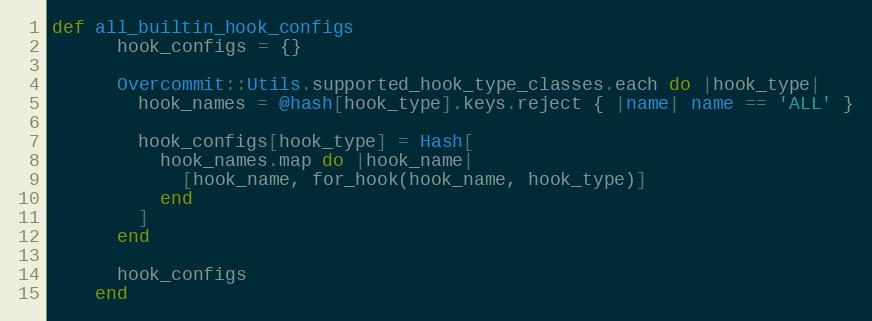
Language: Ruby
def all_builtin_hook_configs
      hook_configs = {}

      Overcommit::Utils.supported_hook_type_classes.each do |hook_type|
        hook_names = @hash[hook_type].keys.reject { |name| name == 'ALL' }

        hook_configs[hook_type] = Hash[
          hook_names.map do |hook_name|
            [hook_name, for_hook(hook_name, hook_type)]
          end
        ]
      end

      hook_configs
    end